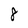
Character: 8